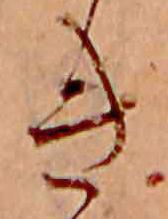
き